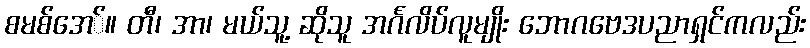
စမစ်အေ်။ တီ၊ အာ၊ မယ်သူ့ ဆိုသူ အင်္ဂလိပ်လူမျိုး ဘောဂဗေဒပညာရှင်ကလည်း